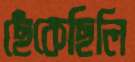
ছেঁকেছিলি